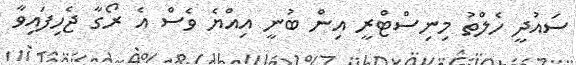
ސައުދީ ހެލްތު މިނިސްޓްރީ އިން ބުނީ އިއްޔެ ވެސް އެ ރޯގާ ޖެހިފައިވާ